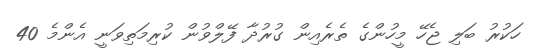
ހަކުރު ބަލި ޖެހޭ މީހުންގެ ތެރެއިން ގުރުދާ ފޭލްވުން ކުރިމަތިވަނީ އެންމެ 40